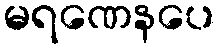
မရဏေနပေ